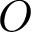
O